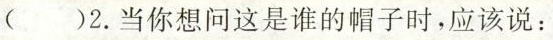
( )2.当你想问这是谁的帽子时,应该说: